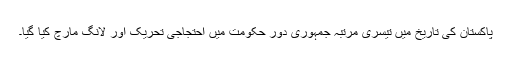
پاکستان کی تاریخ میں تیسری مرتبہ جمہوری دورِ حکومت میں احتجاجی تحریک اور لانگ مارچ کیا گیا۔